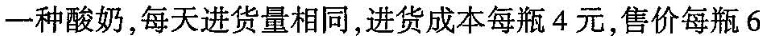
一种酸奶，每天进货量相同，进货成本每瓶4元，售价每瓶6